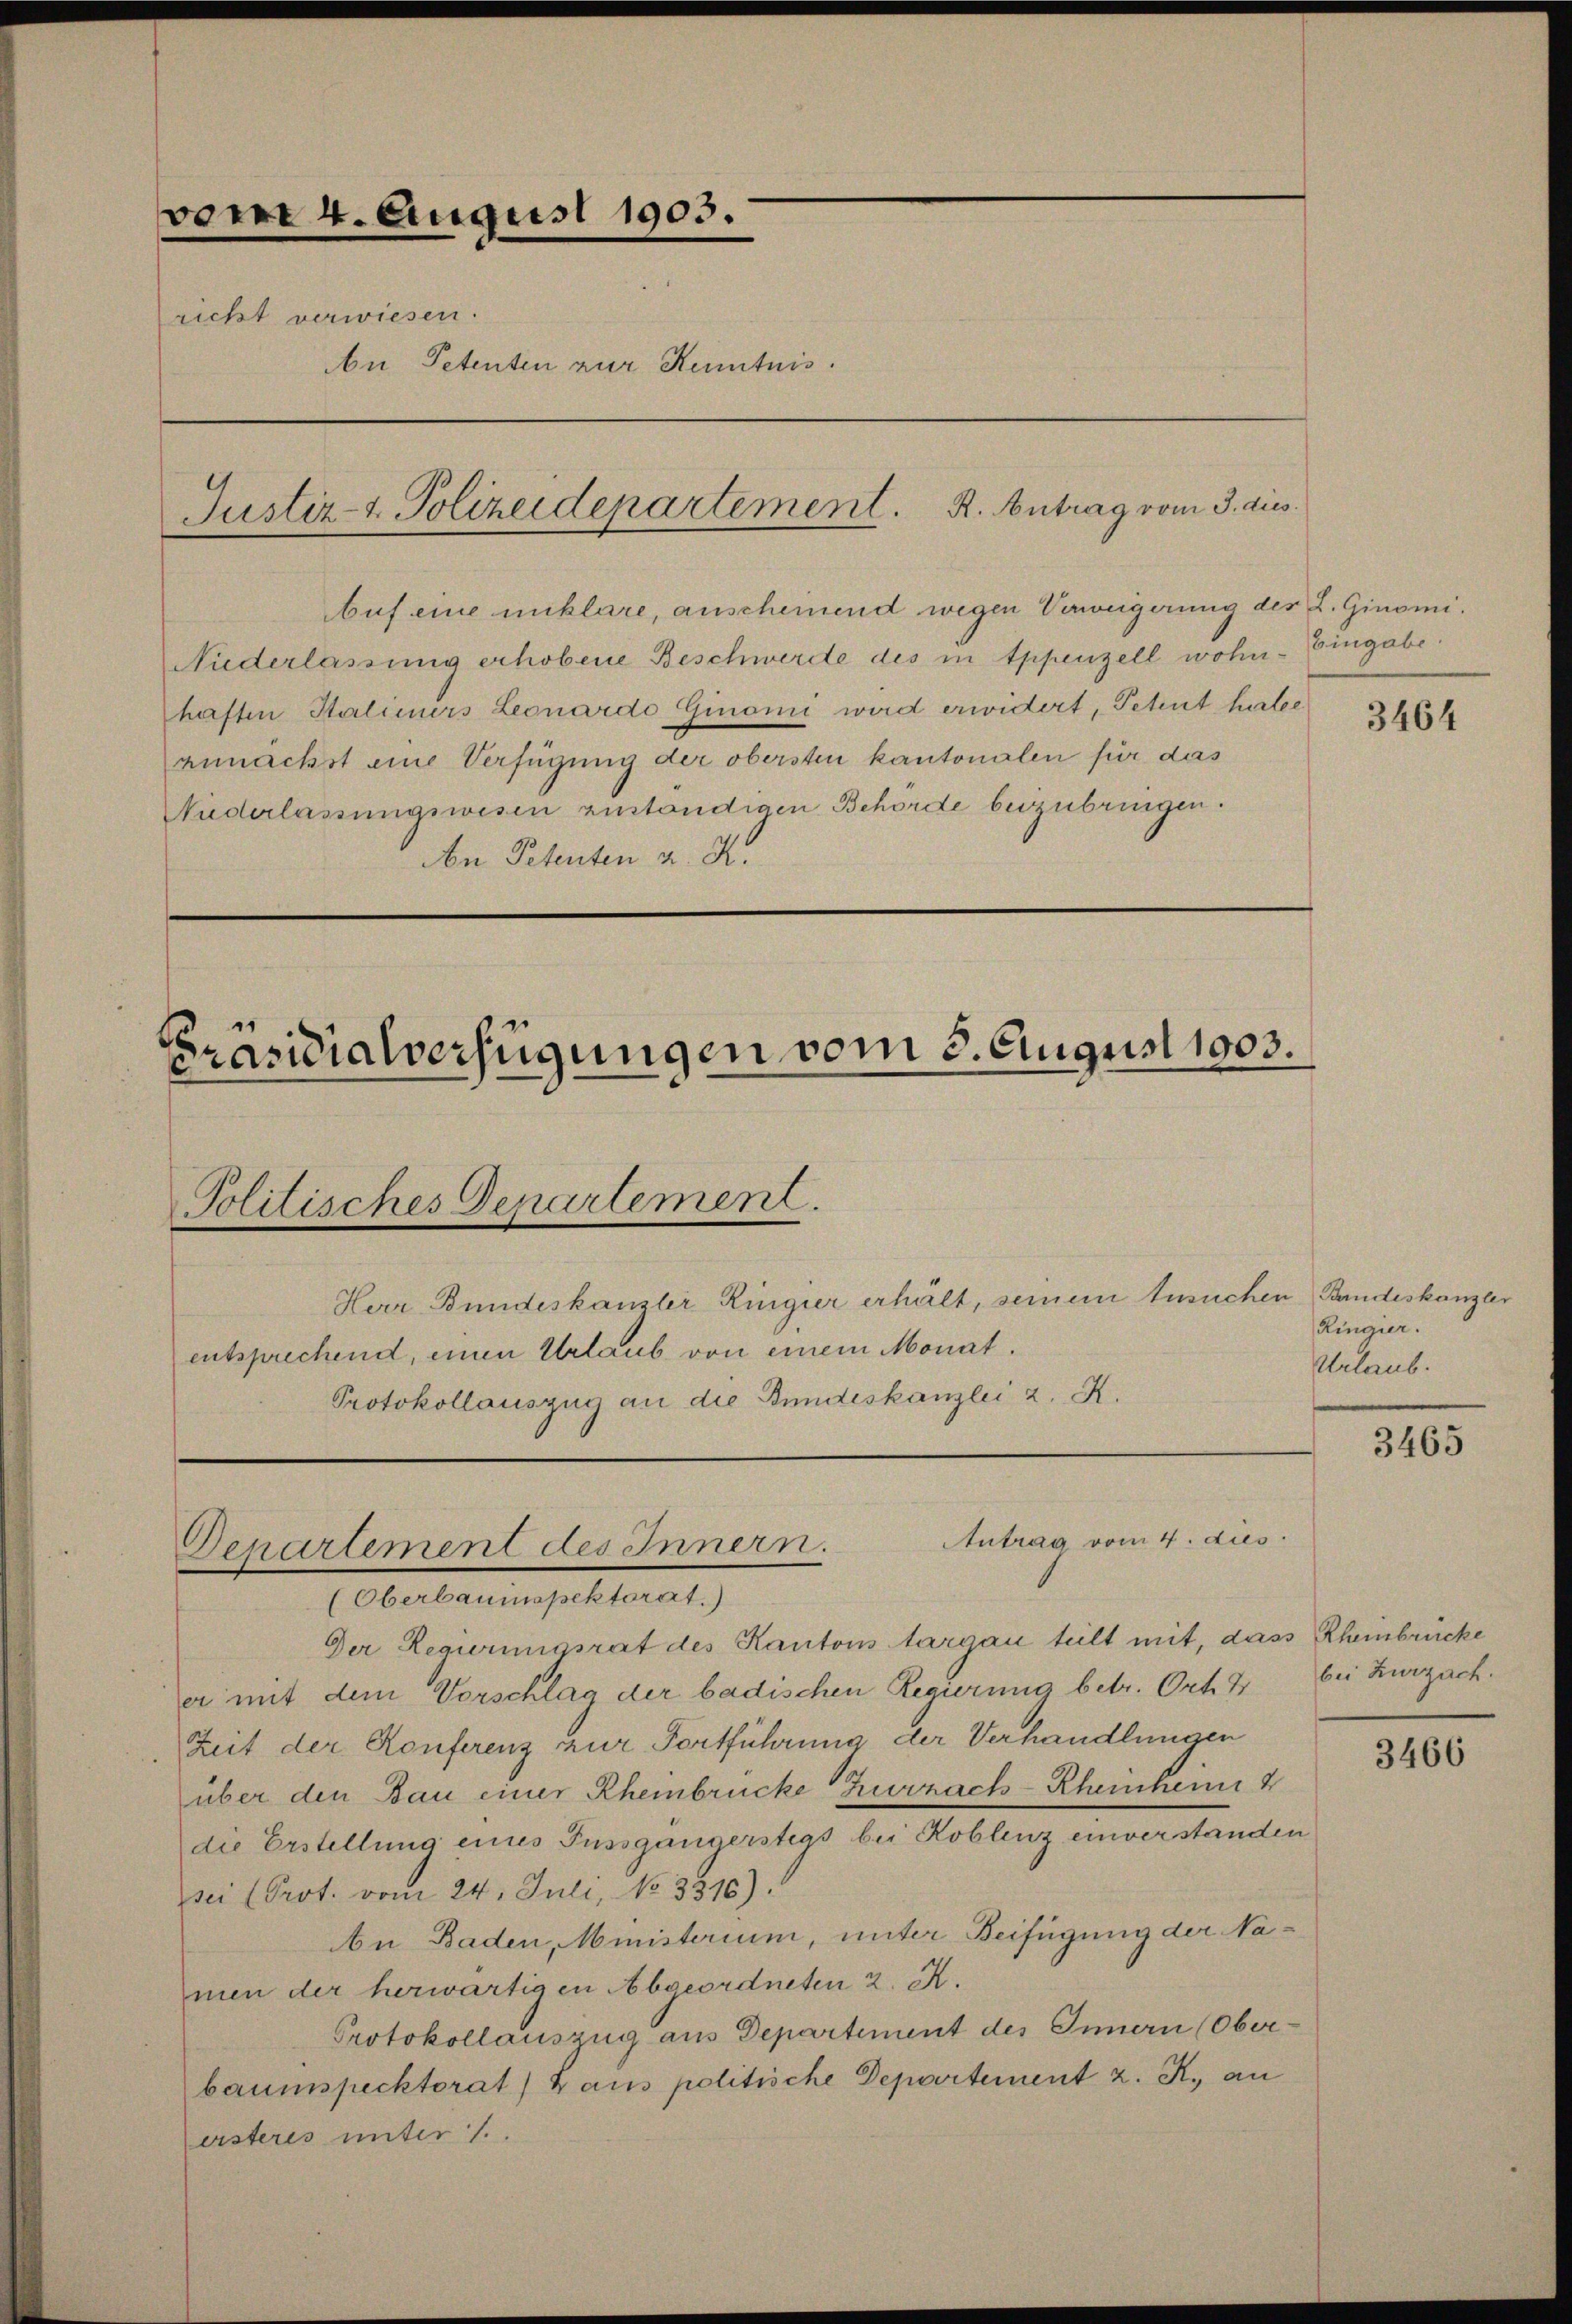
vom 4. August 1903.
richt verwiesen.
An Petenten zur Kenntnis.
Justiz- & Polizeidepartement. K. Antrag vom 3. dies

Auf eine unklare, anscheinend wegen Verweigerung des L. Ginomi¬
Nuderlassung erhobene Beschwerde des in Appenzell wohn- Eingabe
haften Stalieners Leonardo Ginomi wird erwidert, Petent harte
zunächst eine Verfügung der obersten kantonalen für das
Nuderlassungswesen zuständigen Behörde beizubringen.
An Petenten a. K.

Präsidialverfügungen vom 3. August 1903.
Politisches Departement.
Herr Bundeskanzler Ringier erhält, seinem Insuchen Bandeskanzler
entsprechend, einen Urlaub von einem Monat.
Protokollauszug an die Bundeskanzlei 2. K.

Antrag vom 4. dies
Departement des Innern.
(Oberbaumspektorat.)

Der Regierungsrat des Kantons targau teilt mit, dass Rheinbrücke
er mit dem Vorschlag der badischen Regierung betr. Ort. 4
Zeit der Konferenz zur Fortführung der Verhandlungen
über den Bau einer Rheinbrücke Zurzach-Rheinheim
die Erstellung eines Fussgängerstegs bei Koblenz einverstanden
sei Prot. vom 24. Juli, No 3316):
n Baden, Ministerium, unter Beifügung der Namen der herwärtigen Abgeordneten 2. K.
Protokollauszug aus Departement des Innern (Oberbaumspecktorat) aus politische Departement z. R., an
ersteres unter 1.

3464

Ringier.
Urlaub.

3465

bei Zurzach.

3466